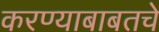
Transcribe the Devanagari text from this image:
करण्याबाबतचे